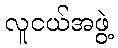
လူငယ်အဖွဲ့